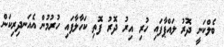
ބެލްކަނީ ދޮރު ލައްޕާފައި ހުރި އިރު ދޮރު ފޮތި ކަހާލާފައި ހުރުމުން އެއަނދިރިކަން